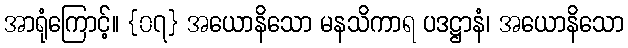
အာရုံကြောင့်။ {၀၇} အယောနိသော မနသိကာရ ပဒဋ္ဌာနံ၊ အယောနိသော